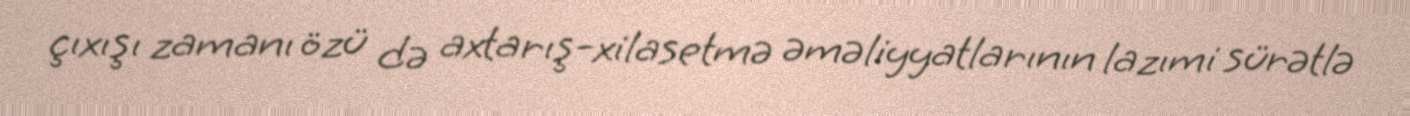
çıxışı zamanı özü də axtarış-xilasetmə əməliyyatlarının lazımi sürətlə